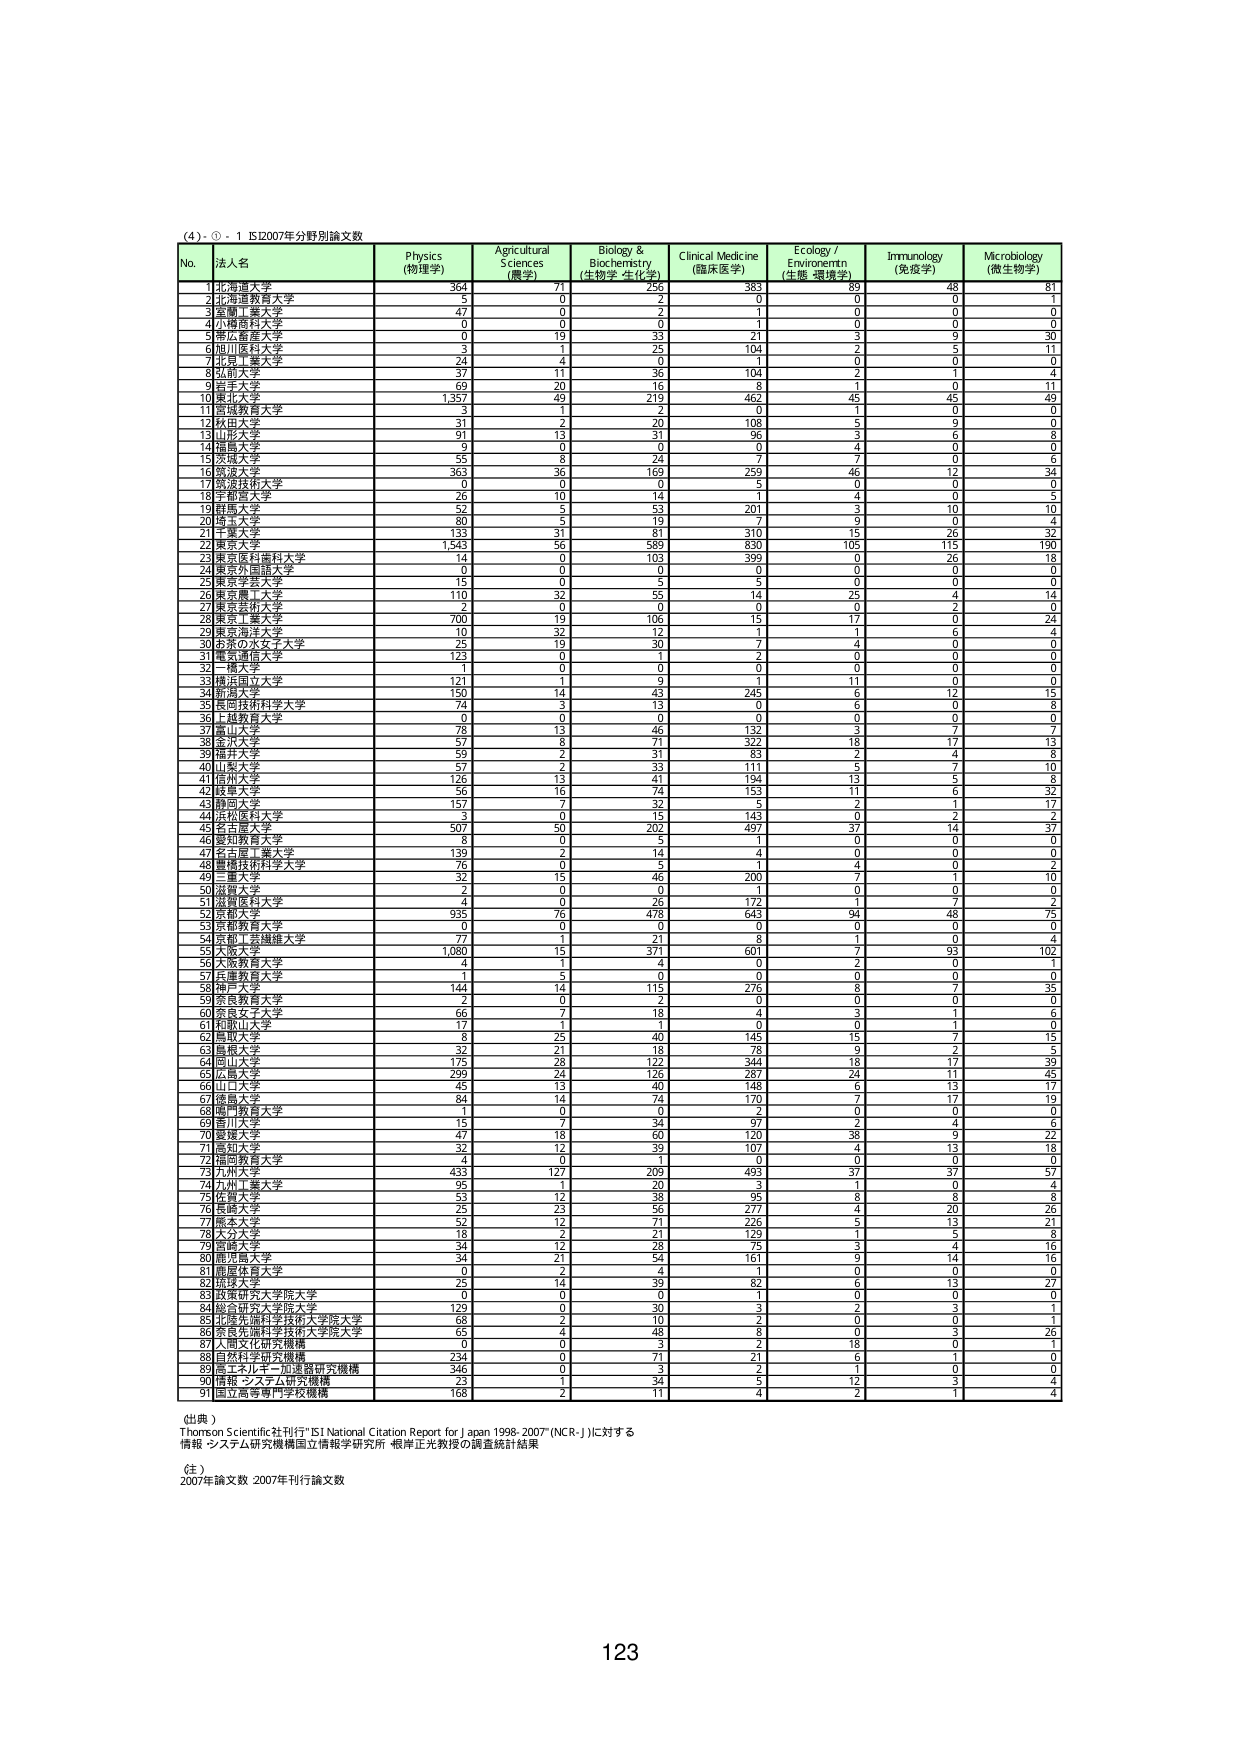
(4) ① - 1 IS12007年分野別論文数

No. 法人名 Physics (物理学) Agricultural Sciences (農学) Biology & Biochemistry (生物学・生化学) Clinical Medicine (臨床医学) Ecology / Environment (生態・環境学) Immunology (免疫学) Microbiology (微生物学)

1 北海道大学 364 71 256 383 89 48 81
2 北海道教育大学 5 0 2 0 0 0 1
3 室蘭工業大学 47 0 2 1 0 0 0
4 小樽商科大学 0 0 0 1 0 0 0
5 青山学院大学 0 19 33 21 3 9 30
6 旭川医科大学 3 0 25 104 2 5 11
7 北見工業大学 24 4 0 1 0 0 0
8 弘前大学 37 11 36 104 2 1 4
9 岩手大学 69 20 16 8 1 0 11
10 東北大学 1,357 49 219 462 45 45 49
11 宮城教育大学 3 1 2 0 1 0 0
12 秋田大学 31 2 20 108 5 9 0
13 山形大学 91 13 31 96 3 6 8
14 福島大学 9 0 0 0 4 0 0
15 茨城大学 55 8 24 7 7 0 6
16 筑波大学 363 36 169 259 46 12 34
17 筑波技術大学 0 0 0 5 0 0 0
18 千葉医科大学 26 10 14 1 4 0 5
19 東京大学 52 5 53 201 3 10 10
20 埼玉大学 80 5 19 7 9 0 4
21 千葉大学 133 31 81 310 15 26 32
22 東京大学 1,543 56 589 830 105 115 190
23 東京医科歯科大学 14 0 103 399 0 26 18
24 東京外国語大学 0 0 0 0 0 0 0
25 東京学芸大学 15 0 5 5 0 0 0
26 東京農工大学 110 32 55 14 25 4 14
27 東京芸術大学 2 0 0 0 0 2 0
28 東京工業大学 700 19 106 15 17 0 24
29 東京海洋大学 10 32 12 1 1 6 4
30 お茶の水女子大学 25 19 30 7 4 0 0
31 電気通信大学 123 0 1 2 0 0 0
32 一橋大学 1 0 0 0 0 0 0
33 横浜国立大学 121 1 9 1 11 0 0
34 新潟大学 150 14 43 245 6 12 15
35 長岡技術科学大学 74 3 13 0 6 0 8
36 信越教育大学 0 0 0 0 0 0 0
37 富山大学 78 13 46 132 3 7 7
38 金沢大学 57 8 71 322 18 17 13
39 福井大学 59 2 31 83 2 4 8
40 山梨大学 57 2 33 111 5 7 10
41 信州大学 126 13 41 194 13 5 8
42 岐阜大学 56 16 74 153 11 6 32
43 静岡大学 157 7 32 5 2 1 17
44 浜松医科大学 3 0 15 143 0 1 2
45 名古屋大学 507 50 202 497 37 14 37
46 愛知教育大学 8 0 5 1 0 0 0
47 名古屋工業大学 139 2 14 4 0 0 0
48 豊橋技術科学大学 76 0 5 1 4 0 2
49 三重大学 32 15 46 200 7 1 10
50 滋賀大学 2 0 0 0 0 0 0
51 滋賀医科大学 4 0 26 172 1 7 2
52 京都大学 935 76 478 643 94 48 75
53 京都教育大学 0 0 0 0 0 0 0
54 京都工芸繊維大学 7 1 21 8 1 0 4
55 大阪大学 1,080 15 371 601 7 93 102
56 大阪教育大学 4 1 4 0 2 0 1
57 兵庫教育大学 1 5 0 0 0 0 0
58 神戸大学 144 14 115 276 8 7 35
59 奈良教育大学 2 0 2 0 0 0 0
60 奈良女子大学 66 7 18 4 3 1 6
61 和歌山大学 17 1 1 0 0 1 0
62 鳥取大学 8 25 40 145 15 7 15
63 島根大学 32 21 18 78 9 2 5
64 岡山大学 175 28 122 344 18 17 39
65 広島大学 299 24 126 287 24 11 45
66 山口大学 45 13 40 148 6 13 17
67 徳島大学 84 14 74 170 7 17 19
68 鳴門教育大学 1 0 0 2 0 0 0
69 香川大学 15 7 34 97 2 4 6
70 愛媛大学 47 18 60 120 38 9 22
71 高知大学 32 12 39 107 4 13 18
72 福岡教育大学 4 0 1 0 0 0 0
73 九州大学 433 127 209 493 37 37 57
74 九州工業大学 95 1 20 3 1 0 4
75 佐賀大学 53 12 38 95 8 8 8
76 長崎大学 25 23 56 277 4 20 26
77 熊本大学 52 12 71 226 5 13 21
78 大分大学 18 2 21 129 1 5 8
79 宮崎大学 34 12 28 75 3 4 16
80 鹿児島大学 34 21 54 161 9 14 16
81 鹿屋体育大学 0 2 4 1 0 0 0
82 琉球大学 25 14 39 82 6 13 27
83 政策研究大学院大学 0 0 0 1 0 0 0
84 総合研究大学院大学 129 0 30 3 2 3 0
85 北陸先端科学技術大学院大学 68 2 10 2 0 0 1
86 奈良先端科学技術大学院大学 65 4 48 8 0 3 26
87 人間文化研究機構 0 0 3 2 18 0 1
88 自然科学研究機構 234 0 77 21 6 7 0
89 産業技術総合研究所 346 0 3 2 1 0 0
90 情報・システム研究機構 23 1 34 5 12 3 4
91 国立高等専門学校機構 168 2 11 4 2 1 4

(出典)
Thomson Scientific社刊行「ISI National Citation Report for Japan 1998-2007 (NCR-J)」に対する
情報・システム研究機構国立情報学研究所 根岸正光教授の調査統計結果

(注)
2007年論文数 2007年刊行論文数

123